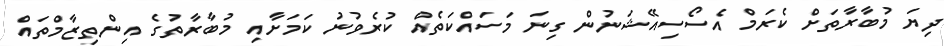
ދިޔަ މުބާރާތަށް ކެރަމް އެސޯސިއޭޝަނުން ގިނަ މަސައްކަތެއް ކުރެވުނު ކަމަށާއި މުބާރާތުގެ އިންތިޒާމްތައް